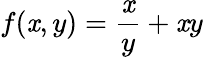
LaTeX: f(\mathit{x},y)=\frac{{\mathit{x}}}{{y}}+\mathit{x}y